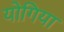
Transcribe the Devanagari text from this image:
योगिया